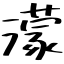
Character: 濛